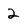
Character: 2